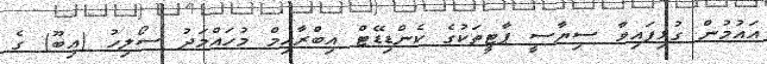
އައުމުން ގުޅިފައިވާ ސިޔާސީ ޕާޓީތަކުގެ ކެންޑިޑޭޓް އިބްރާހިމް މުހައްމަދު ސޯލިހު (އިބޫ) ގެ